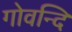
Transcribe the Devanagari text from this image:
गोवन्दि